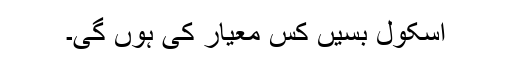
اسکول بسیں کس معیار کی ہوں گی۔